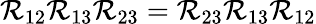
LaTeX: \mathcal{R}_{12}\mathcal{R}_{13}\mathcal{R}_{23}=\mathcal{R}_{23}\mathcal{R}_{13}\mathcal{R}_{12}